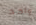
واحد